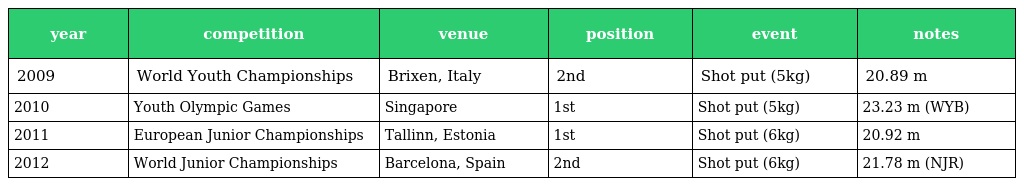
| year | competition | venue | position | event | notes |
 | --- | --- | --- | --- | --- | --- |
 | 2009 | World Youth Championships | Brixen, Italy | 2nd | Shot put (5kg) | 20.89 m |
 | 2010 | Youth Olympic Games | Singapore | 1st | Shot put (5kg) | 23.23 m (WYB) |
 | 2011 | European Junior Championships | Tallinn, Estonia | 1st | Shot put (6kg) | 20.92 m |
 | 2012 | World Junior Championships | Barcelona, Spain | 2nd | Shot put (6kg) | 21.78 m (NJR) |